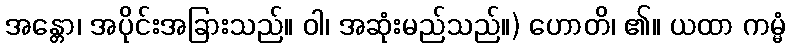
အန္တော၊ အပိုင်းအခြားသည်။ ဝါ၊ အဆုံးမည်သည်။) ဟောတိ၊ ၏။ ယထာ ကမ္မံ